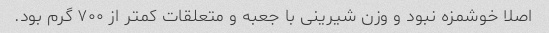
اصلا خوشمزه نبود و وزن شیرینی با جعبه و متعلقات کمتر از ۷۰۰ گرم بود.